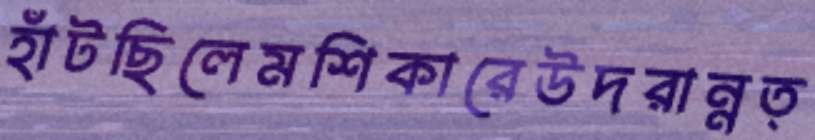
হাঁটছিলেমশিকারেউদরান্নত্